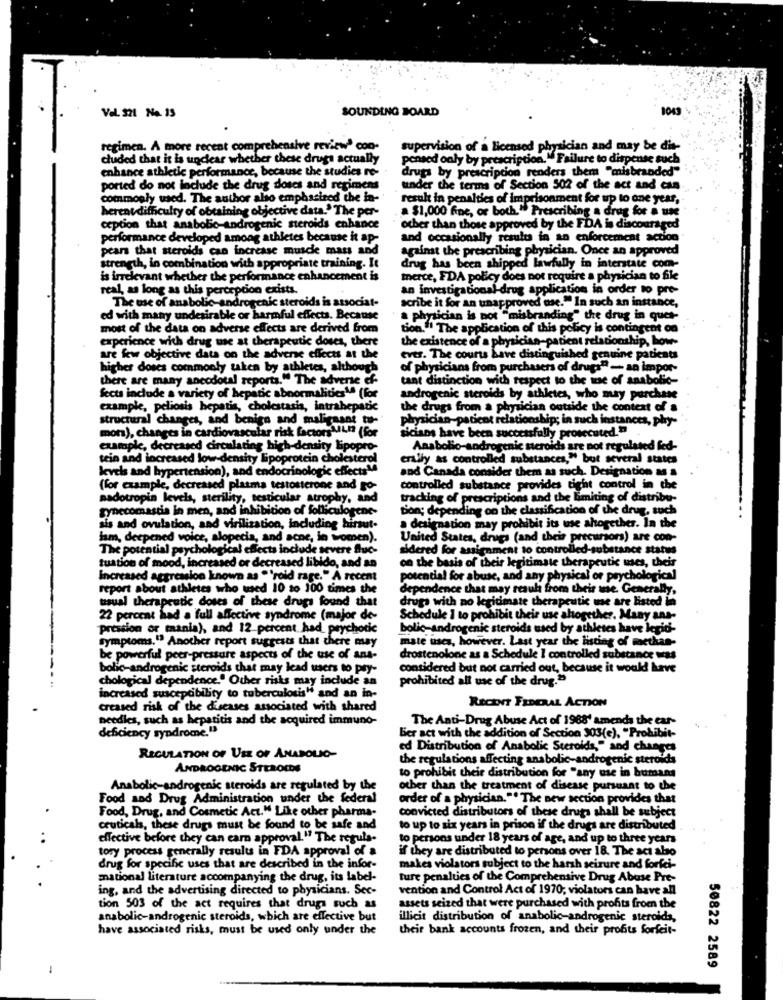
Vel. 321 No. 15
SOUNDING BOARD
1043
regimen. A more recent comprehensive review' con-
supervision of a licensed physician and may be dis-
cluded that it is unclear whether these drugs actually
pensed only by prescription." Failure to dispense such
enhance athletic performance, because the studies re-
drugs by prescription renders them "misbranded"
ported do not include the drug doses and regimens
under the terms of Section 502 of the act and can
commonly used. The author also emphasized the in-
result in penalties of imprisonment for up to one year, -
herentdifficulty of obtaining objective data.' The per-
a $1,000 fne, or both." Prescribing a drug for a une
ception that anabolic-androgenic steroids enhance
other than those approved by the FDA is discouraged
performance developed among athletes because it ap-
and occasionally results in an enforcement action
pears that steroids can increase muscle mass and
against the prescribing physician. Once an approved
strength, in combination with appropriate training. It
drug has been shipped lawfully in interstate com-
is irrelevant whether the performance enhancement is
merce, FDA policy does not require a physician to file
real, as long as this perception exists.
an investigational-drug application in order to pre-
The use of anabolic-androgenic steroids is associat-
scribe it for an unapproved ose." In such an instance,
ed with many undesirable or harmful effects. Because
a physician is not "misbranding" the drug in quet-
most of the data on adverse effects are derived from
tion."! The application of this policy is contingent o
experience with drug use at therapeutic doses, there
the existence of a physician-patient relationship, how
are few objective data on the adverse effects at the
ever. The courts have distinguished genuine patient
higher doses commonly taken by athletes, although
of physicians from purchasers of drugs" -- an impor-
there are many anecdotal reports." The adverse ef-
tant distinction with respect to the wae of anabolic-
fects include a variety of hepatic abnormalities". (for
androgenic steroids by athletes, who may purchase
example, peliosis hepatis, cholestasia, intrahepatic
the drugs from a physician outside the context of
structural changes, and benign and malignant tu-
physician-paticat relationship; in such instances, phy
mon), changes in cardiovascular risk factors"Ln (for
siciaos have been successfully prosecuted."
example, decreased circulating high-density lipopro-
Anabolio-androgenic steroids are not regulated fed-
tein and increased low-density
ensity lipoprotein cholesterol
erally as controlled substances," but several states
levels and hypertension), and endocrinologie effects !!
and Canada consider them as such. Designation as a
(for example, decreased plasma testosterone and go-
controlled substance provides tight control in the
nadotropin levels, sterility, testicular atrophy, and
tracking of prescriptions and the limiting of distribu-
gynecomastia in men, and inhibition of folliculogene-
bon; depending on the classification of the drug, such
sis and ovulation, and virilization, including hirsut-
a designation may prohibit its use altogether. In the
lam, deepened voice, alopecia, and acne, in women).
United States, drugs (and their precursors) are con-
The potential psychological effects include severe fluc-
sidered for assignment to controlled-substance status
tuation of mood, increased or decreased libido, and an
on the basis of their legitimate therapeutic uses, their
Increased aggression known as "'roid rage." A recent
potential for abuse, and any physical or psychological
report about athletes who used 10 to 100 times the
dependence that may result from their use. Generally,
usual therapeutic doses of these drugs found that
drugs with no legitimate therapeutic use are listed in
22 percent had a full affective syndrome (major de-
Schedule I to prohibit their use ahtogether. Many ana-
pression or maania), and 12 percent had psychotic
bolic-androgenic steroids used by athletes have legid-
symptoms." Another report suggests that there may
mate uses, however. Last year the listing of methan-
be powerful peer-pressure aspects of the use of ans-
drostenolone as a Schedule I controlled substance Mas
bolic-androgenic steroids that may lead users to pry-
considered but not carried out, because it would have
chological dependence." Other risks may include an
prohibited all use of the drug."
increased susceptibility to tuberculosis" and an in-
RECENT FEDERAL ACTION
creased risk of the diseases associated with shared
needles, such as hepatitis and the acquired immuno-
The Anti-Drug Abuse Act of 1988' amends the car-
Ber act with the addition of Section 303(e), "Prohibit-
deficiency syndrome."
ed Distribution of Anabolic Steroids," and changes
REGULATION OF USE OF ANAPOLIO-
the regulations affecting anabolic-androgenic steroids
ANDROGENIC STEROIDS
to prohibit their distribution for "any use in humans
Anabolic-androgenic steroids are regulated by the
other than the treatment of disease pursuant to the
Food and Drug Administration under the federal
order of a physician." The new section provides that
Food, Drug, and Cosmetic Act." Like other pharma-
convicted distributors of these drugs shall be subject
ceuticals, these drugs must be found to be safe and
to up to six years in prison if the drugs are distributed
effective before they can earn approval." The regula-
to persons under 18 years of age, and up to three years
tosy process generally results in FDA approval of a
if they are distributed to persons over 18. The act also
drug for specific uses that are described in the infor-
makes violators subject to the harsh seizure and forfei-
mnational literature accompanying the drug, its label-
ture penalties of the Comprehensive Drug Abuse Pre-
ing, and the advertising directed to physicians. Sec-
vention and Control Act of 1970; violators can have all
tion 503 of the act requires that drugs such as
assets seized that were purchased with profits from the
anabolic-androgenic steroids, which are effective but
illicit distribution of anabolic-androgenic steroids,
have associated risks, must be used only under the
their bank accounts frozen, and their profits forfeit-
50822 2589